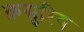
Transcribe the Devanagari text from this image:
क़सुरिय